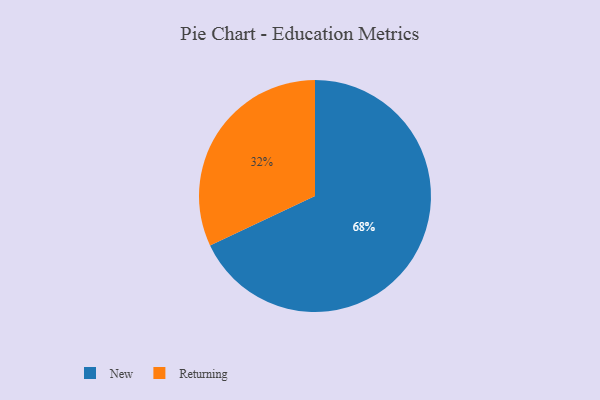
{"axis": {"x": "Category", "y": "Percentage"}, "legend": ["New", "Returning"], "data": [{"x": "Returning", "y": 32, "type": "Returning"}, {"x": "New", "y": 68, "type": "New"}]}